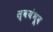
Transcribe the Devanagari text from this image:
स्वयंभूव